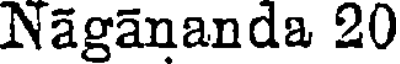
Nagananda 20